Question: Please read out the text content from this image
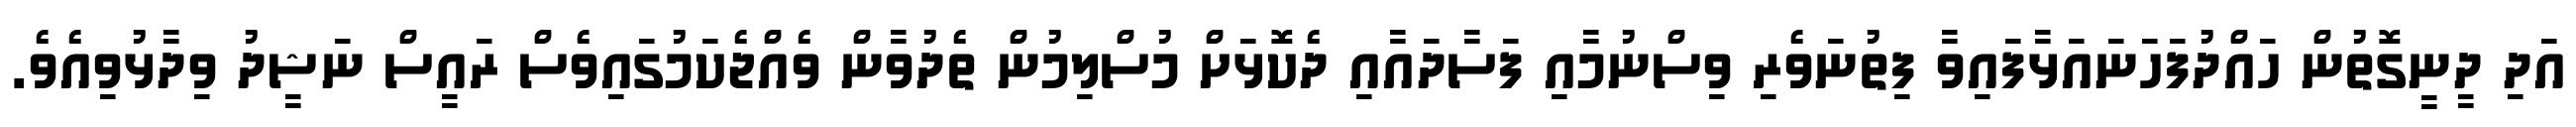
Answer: އަދި ދީނީގޮތުން ހައްދުފަހަނައަޅާފައިވާ ފިތުނަވެރި ވިސްނުމާއި ފަސާދައާއި ދެކޮޅަށް މުސްލިމުން ތެދުވާން ވެއްޖެކަމުގައިވެސް ރައީސް ނަޝީދު ވިދާޅުވިއެވެ.